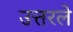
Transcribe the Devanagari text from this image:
उत्तरले